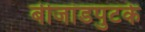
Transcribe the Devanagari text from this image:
बीजांडपुटके